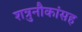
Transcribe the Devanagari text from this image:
शत्रुनौकांसह